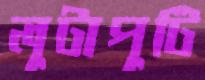
লুটাপুটি